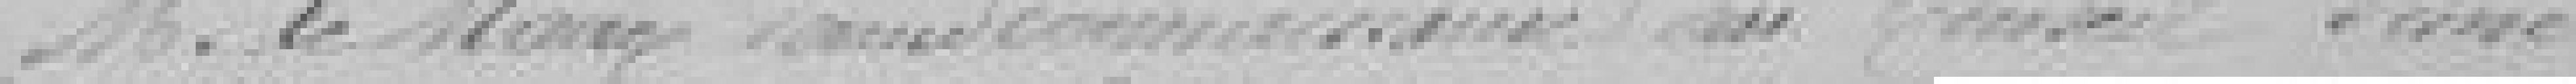
Monsieur le Maire donne connaissance au conseil d'une